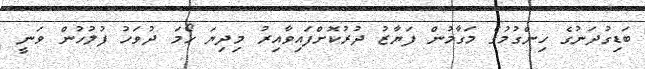
ބަޑިގުދަނުގެ ހިންގުމުގެ މަގާމުން ފަޔާޒު ދުރުކޮށްފައިވާއިރު މިދިޔަ ހޯމަ ދުވަހު ފުލުހުން ވަނީ